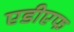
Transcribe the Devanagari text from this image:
एडीएफ